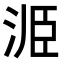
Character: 𭰝